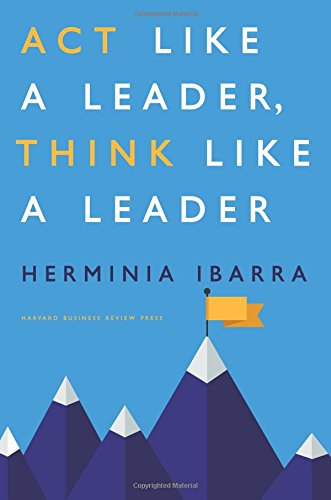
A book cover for Act Like a Leader, Think Like a Leader; Herminia Ibarra; Business & Money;